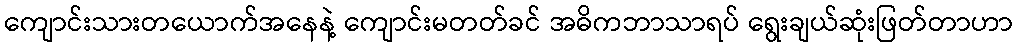
ကျောင်းသားတယောက်အနေနဲ့ ကျောင်းမတတ်ခင် အဓိကဘာသာရပ် ရွေးချယ်ဆုံးဖြတ်တာဟာ